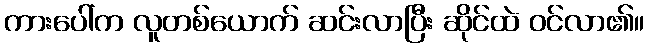
ကားပေါ်က လူတစ်ယောက် ဆင်းလာပြီး ဆိုင်ထဲ ဝင်လာ၏။